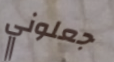
جعلوني